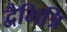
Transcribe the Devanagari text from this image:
द्वैमित्रि